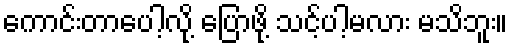
ကောင်းတာပေါ့လို့ ပြောဖို့ သင့်ပါ့မလား မသိဘူး။